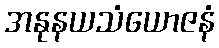
အနုနယသံယောဇနံ